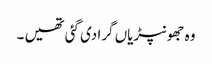
وہ جھونپڑیاں گرا دی گئی تھیں ۔